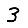
Digit: 3